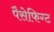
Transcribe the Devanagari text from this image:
पैसेफिग्ट